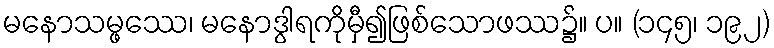
မနောသမ္ဖဿေ၊ မနောဒွါရကိုမှီ၍ဖြစ်သောဖဿ၌။ ပ။ (၁၄၅၊ ၁၉၂)